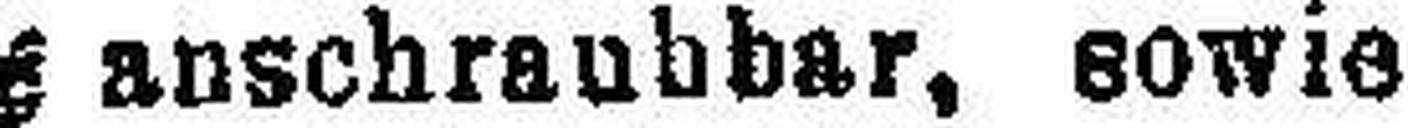
anschraubbar, sowie